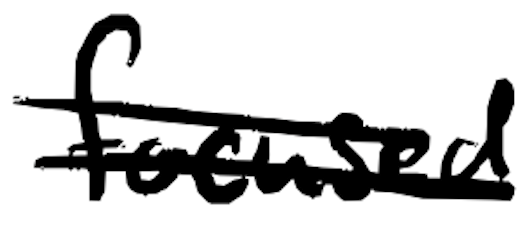
Text: focused
Cross-out: double-line
Writing tool: digital_black